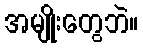
အမျိုးတွေဘဲ။